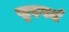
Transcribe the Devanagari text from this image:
खुदगर्ज